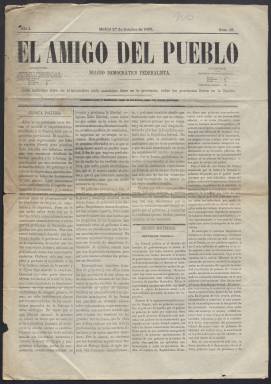
Título: El Amigo del pueblo (Madrid. 1868)
Colección: Periódicos
Ámbito geográfico: Madrid
Lugar de publicación: Madrid
Fechas: 27/10/1868-27/10/1868

Periódico defensor de la democracia y la república que nació en 1868 con la llamada revolución La Gloriosa que destronó a la reina Isabel II. Su título evoca el periódico L’Ami du peuple que fundó Marat durante la Revolución francesa de 1789. Anteriormente otros periódicos españoles habían llevado el mismo título.

   La publicación fue efímera, como tantas otras en estos años de rápidos cambios políticos que concluyeron con la restauración de los Borbones en 1874. Comenzó el 1 de octubre de 1868 y cesó al año siguiente. Se publicaba tres veces por semana y constaba de cuatro páginas, todas ellas de contenido político. La Biblioteca Nacional de España solo posee un número de este periódico, el número 12 del 27 de octubre de 1868.

  Como subtítulo, El Amigo del Pueblo llevaba el de Diario Democrático Federalista, lo que resumía su ideario partidario del sufragio universal y de la constitución de una república federal, algo que ocurriría, aunque brevemente, durante la instauración de la I República en 1873.

    Su contenido eminentemente doctrinario se completaba con informaciones sobre las decisiones tomadas por el gobierno provisional y los distintos ministerios, así como con las sesiones del Congreso de los Diputados. Había también secciones donde se pasaba revista a la prensa nacional y extranjera, otra oficial con las noticias de la Gaceta y las cotizaciones de Bolsa y otra de variedades. El periódico publicó también un folletín, algo que era corriente en la época y que contribuía a aumentar las suscripciones y las ventas.

    El lema del periódico, que puede leerse en el número que posee la BNE, era el siguiente: ‘Cada individuo libre en el municipio, cada municipio libre en la provincia, todas las provincias libres en la Nación’.

[Descripción publicada el 5/05/2023]